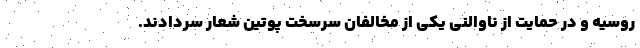
روسیه و در حمایت از ناوالنی یکی از مخالفان سرسخت پوتین شعار سردادند.